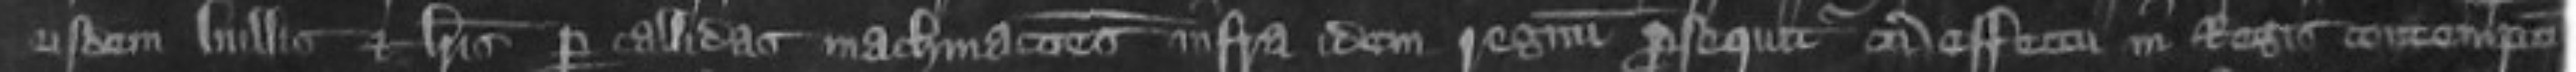
eiusdem bullis et lettris per callidas machinationes infra idem regnum prosequitur sum effectum in Regis contempto